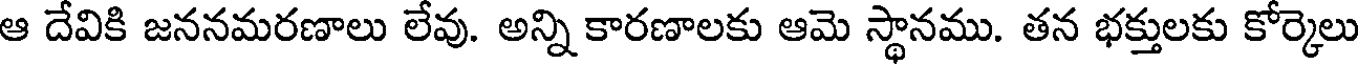
ఆ దేవికి జననమరణాలు లేవు. అన్ని కారణాలకు ఆమె స్థానము. తన భక్తులకు కోర్కెలు